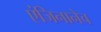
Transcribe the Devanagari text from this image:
एंजिनानेच